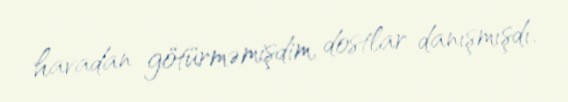
havadan götürməmişdim, dostlar danışmışdı.